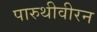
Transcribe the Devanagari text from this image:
पारुथीवीरन